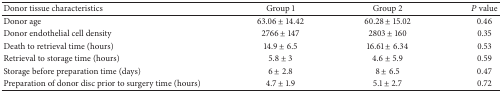
<table><thead><tr><td><b>Donor tissue characteristics</b></td><td><b>Group 1</b></td><td><b>Group 2</b></td><td><b><i>P</i> value</b></td></tr></thead><tbody><tr><td>Donor age</td><td>63.06 ± 14.42</td><td>60.28 ± 15.02</td><td>0.46</td></tr><tr><td>Donor endothelial cell density</td><td>2766 ± 147</td><td>2803 ± 160</td><td>0.35</td></tr><tr><td>Death to retrieval time (hours)</td><td>14.9 ± 6.5</td><td>16.61 ± 6.34</td><td>0.53</td></tr><tr><td>Retrieval to storage time (hours)</td><td>5.8 ± 3</td><td>4.6 ± 5.9</td><td>0.59</td></tr><tr><td>Storage before preparation time (days)</td><td>6 ± 2.8</td><td>8 ± 6.5</td><td>0.47</td></tr><tr><td>Preparation of donor disc prior to surgery time (hours)</td><td>4.7 ± 1.9</td><td>5.1 ± 2.7</td><td>0.72</td></tr></tbody></table>